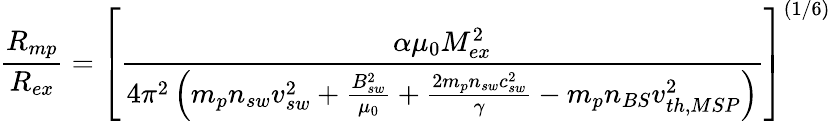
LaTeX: \frac{R_{mp}}{R_{ex}}=\left[\frac{\alpha\mu_{0}M_{ex}^{2}}{4\pi^{2}\left(m_{p}n_{sw}v_{sw}^{2}+\frac{B_{sw}^{2}}{\mu_{0}}+\frac{2m_{p}n_{sw}c_{sw}^{2}}{\gamma}-m_{p}n_{BS}v_{th,MSP}^{2}\right)}\right]^{(1/6)}